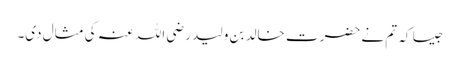
جیسا کہ تم نے حضرت خالد بن ولید رضی اللہ عنہ کی مثال دی۔